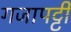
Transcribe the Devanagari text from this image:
गजापट्टी